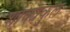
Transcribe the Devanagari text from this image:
शाक्यकुल